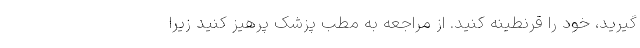
گیرید، خود را قرنطینه کنید. از مراجعه به مطب پزشک پرهیز کنید زیرا